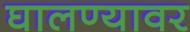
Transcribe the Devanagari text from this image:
घालण्यावर